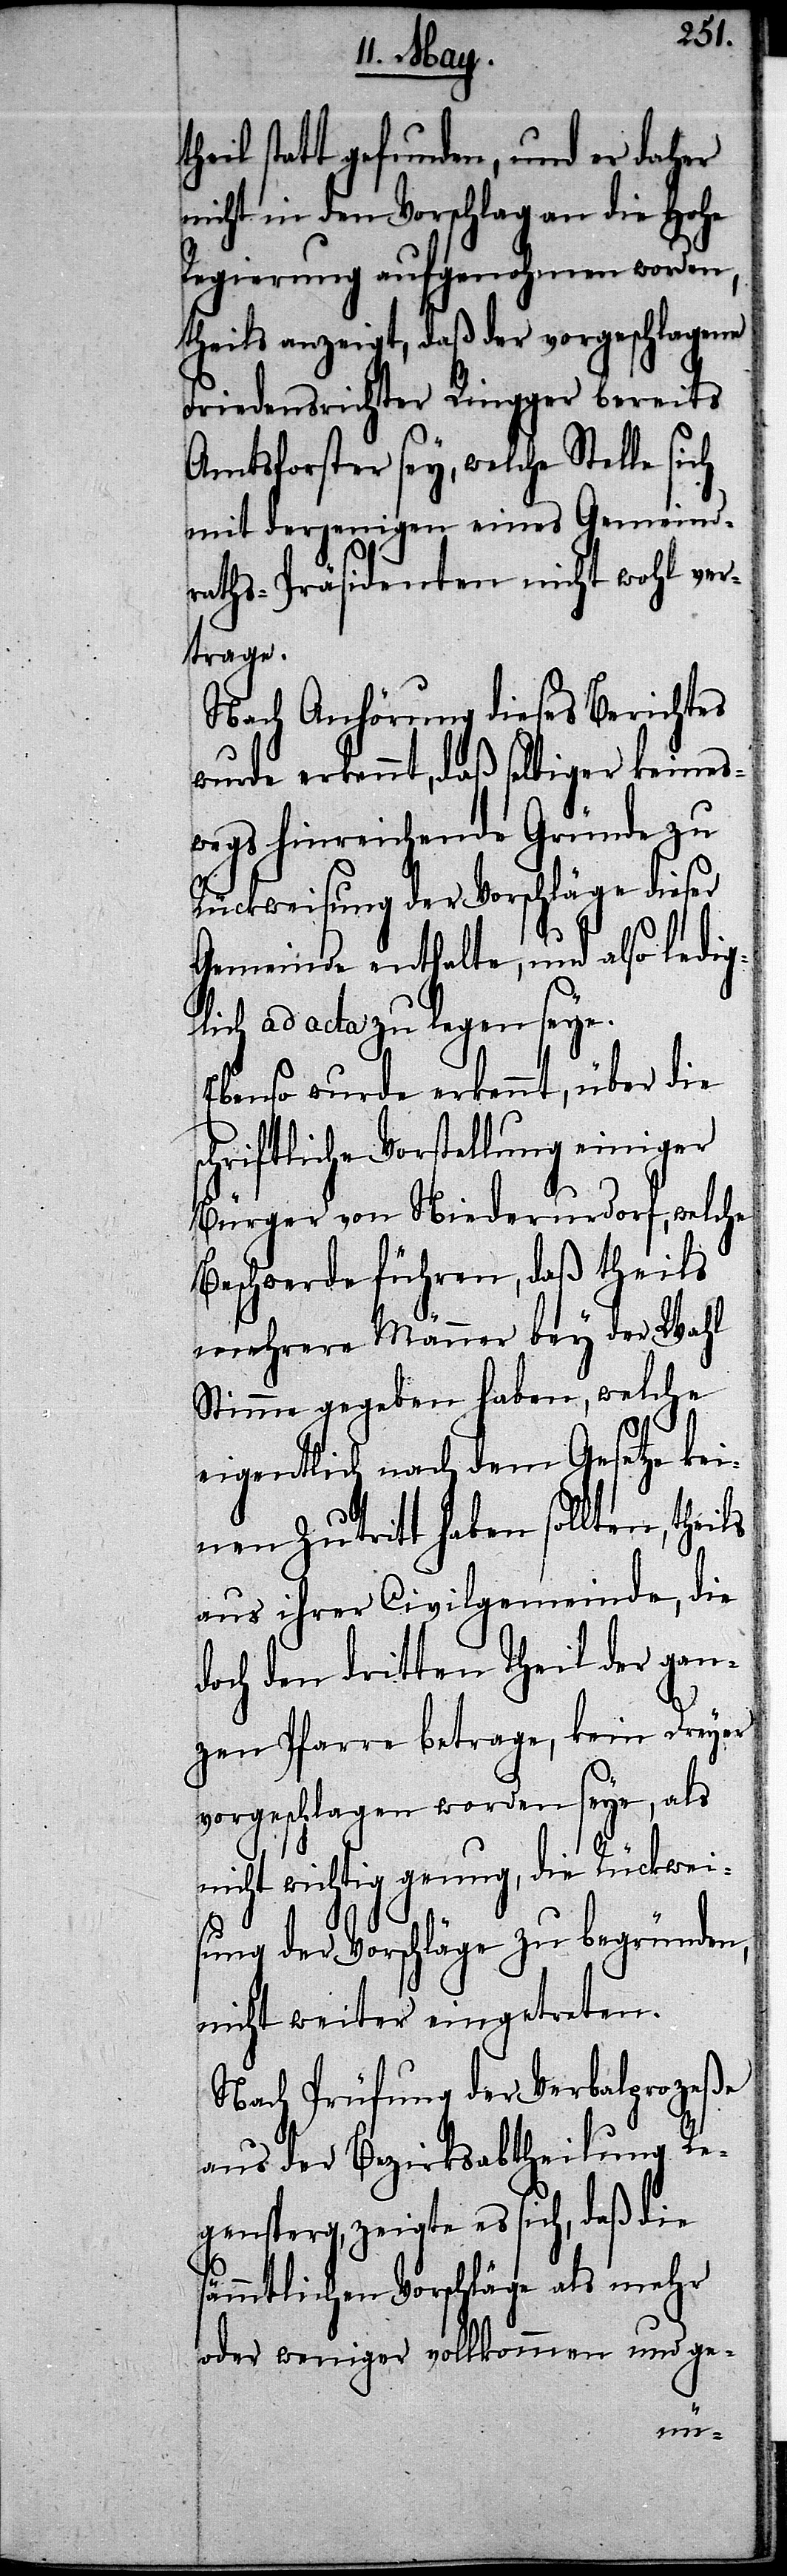
heil statt gefunden, und er daher
nicht in den Vorschlag an die Hohe
Regierung aufgenohmen worden,
theils anzeigt, daß der vorgeschlagene
Friedensrichter Ringger bereits
Amtsvorsteher sey, welche Stelle sich
mit derjenigen eines Gemeind¬
raths-Präsidenten nicht wohl ver¬
trage.
Nach Anhörung dieses Berichtes
wurde erkennt, daß selbiger keines¬
wegs hinreichende Gründe zu
Rückweisung der Vorschläge dieser
Gemeinde enthalte, und also ledig¬
lich ad acta zu legen seye.
Ebenso wurde erkennt, über die
chriftliche Vorstellung einiger
Bürger von Niederurdorf, welche
Beschwerde führen, daß theils
mehrere Männer bey der Wahl
Stimme gegeben haben, welche
s¬
eigentlich nach dem Gesetze ke¬
inen Zutritt haben sollten, theils
aus ihrer Civilgemeinde,
doch den dritten Theil der gan¬
zen Pfarre betrage, kein Dreyer
vorgeschlagen worden seye, als
icht wichtig genug, die Rückwei¬
sung der Vorschläge zu begründen,
nicht weiter eingetreten.
Nach Prüfung der Verbalprozeße
aus der Bezirksabtheilung Re¬
gensperg, zeigte es sich, daß die
ämmtlichen Vorschläge als mehr
oder weniger vollkommen und ge-